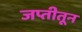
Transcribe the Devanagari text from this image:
जप्तीतून